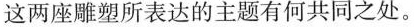
这两座雕塑所表达的主题有何共同之处。